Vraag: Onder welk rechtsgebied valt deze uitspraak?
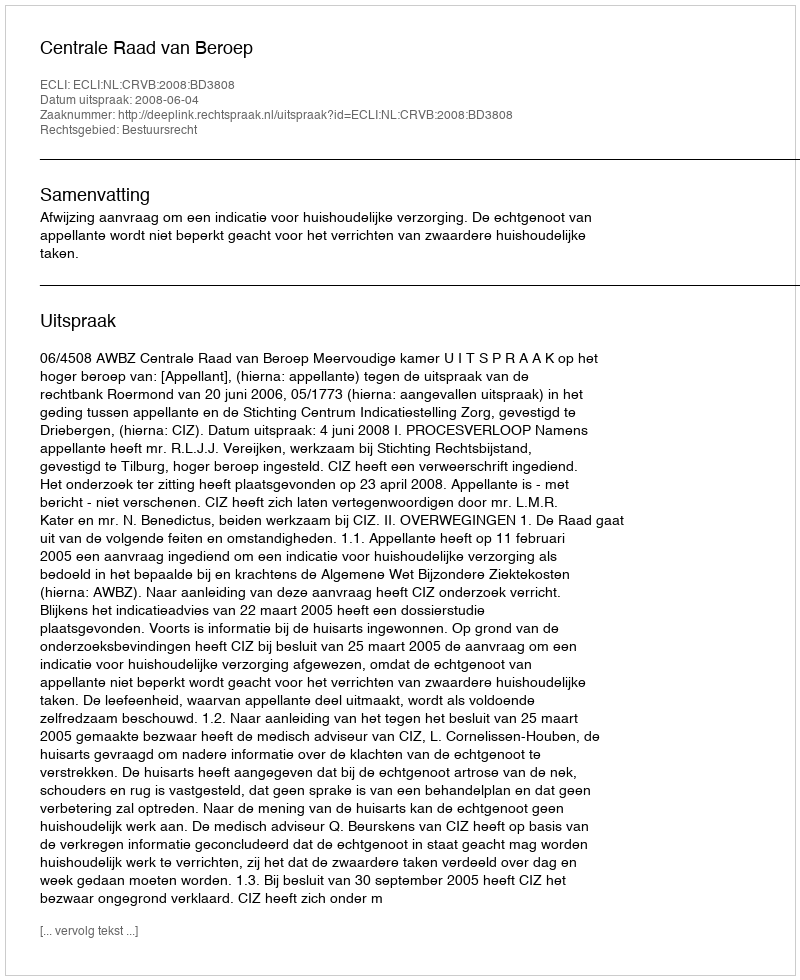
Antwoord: Bestuursrecht